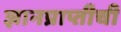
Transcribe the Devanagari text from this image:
ज्ञानप्राप्तीची